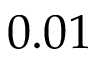
0 . 0 1